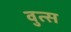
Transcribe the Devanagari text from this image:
वुत्स